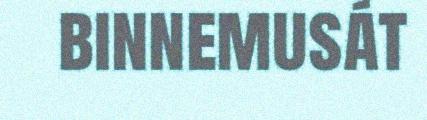
binnemusát